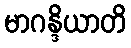
မာဂန္ဒိယာတိ